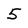
Character: 5